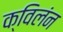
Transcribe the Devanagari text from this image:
क्विलंन